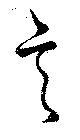
言